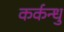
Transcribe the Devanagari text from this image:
कर्कन्धु